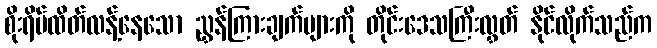
စိုးရိမ်ထိတ်လန့်နေသော ညွှန်ကြားချက်များကို တိုင်းဒေသကြီးလွှတ် နိုင်လိုက်သည်က